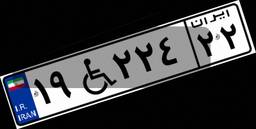
۵۴W۴۵۳۸۰